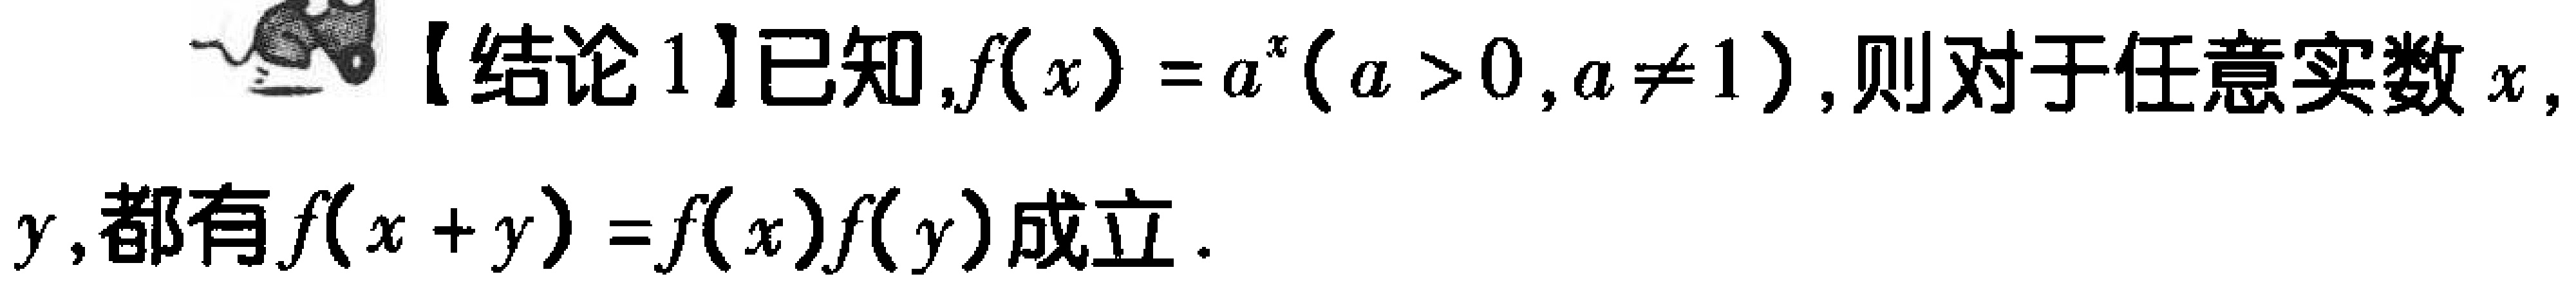
【结论1】已知，\(f(x)=a^{x}(a > 0,a\neq1)\)，则对于任意实数\(x\)，\(y\)，都有\(f(x + y)=f(x)f(y)\)成立。